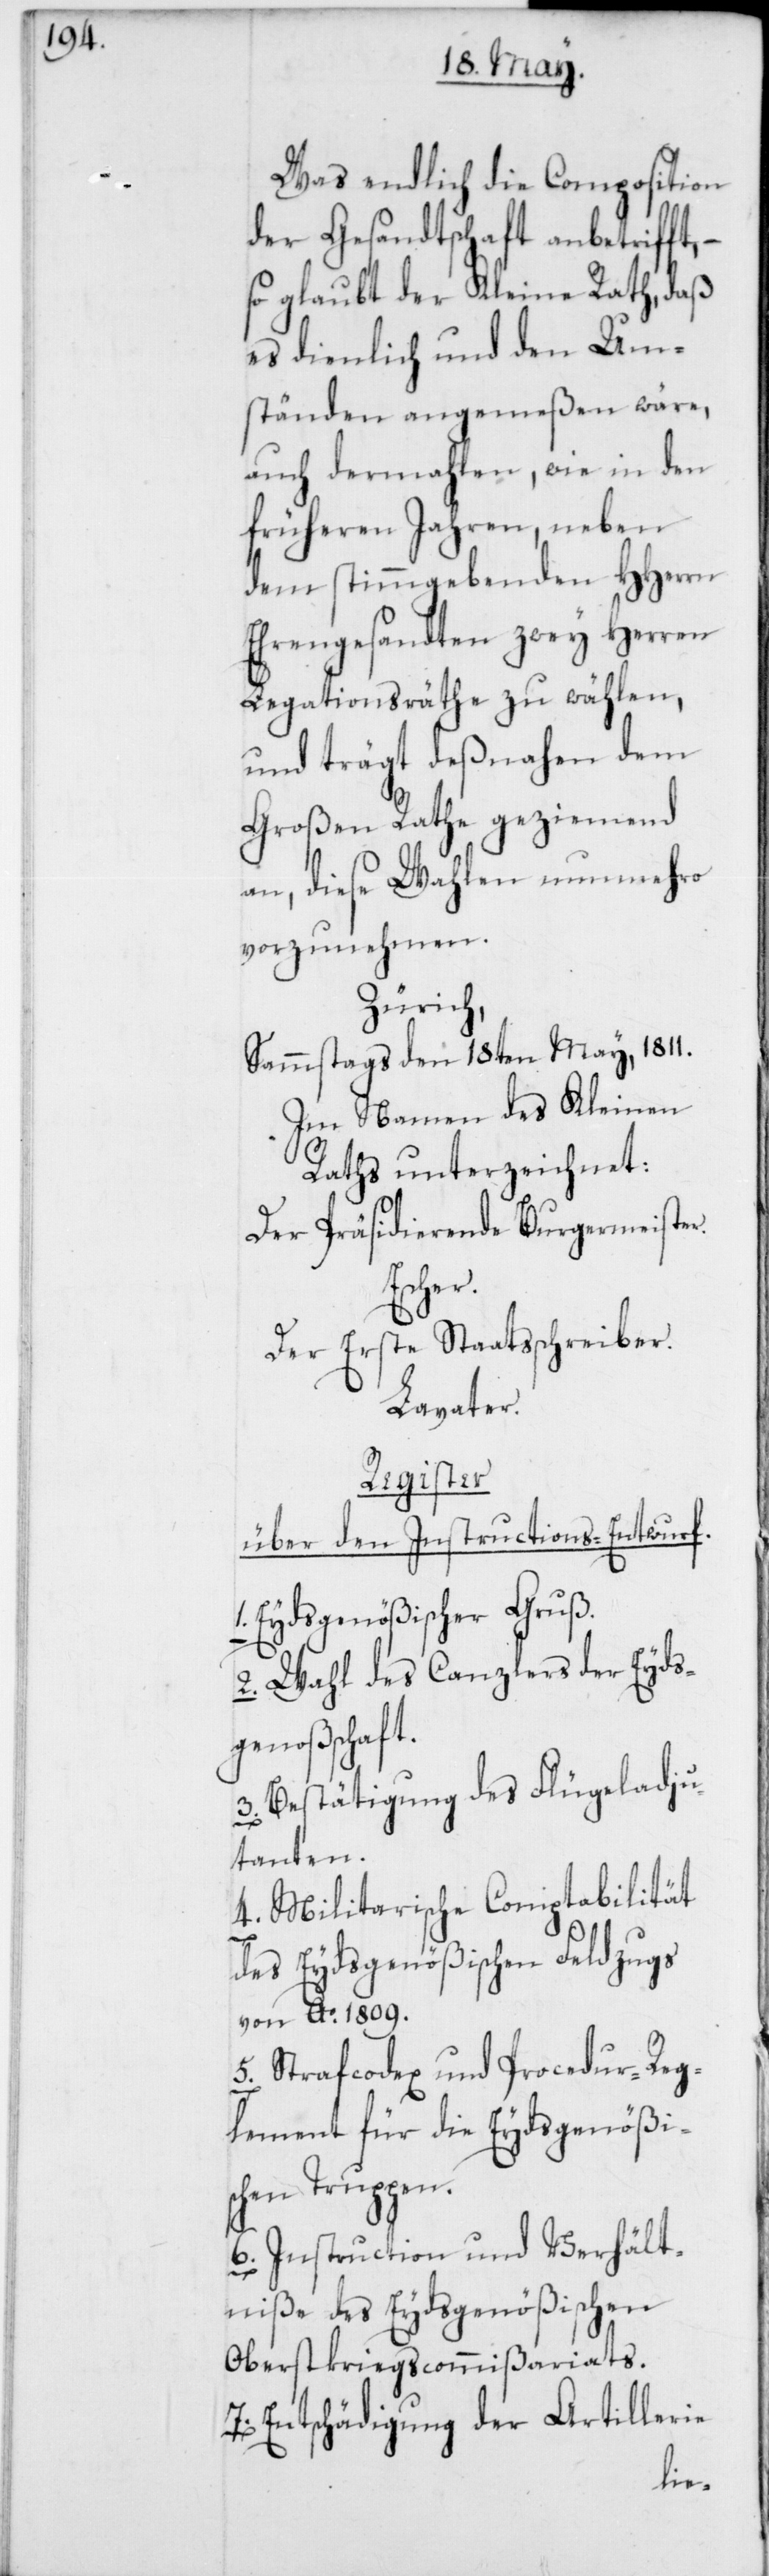
Was endlich die Composition
der Gesandtschaft anbetrifft,
so glaubt der Kleine Rath, daß
es dienlich und den Um¬
ständen angemeßen wäre,
auch dermahlen, wie in den
früheren Jahren, neben
dem stimmgebenden HHerren
Ehrengesandten zwey Herren
Legationsräthe zu wählen,
und trägt deßnahen dem
Großen Rathe geziemend
an, diese Wahlen nunmehro
vorzunehmen.
Zürich,
Sammstags den 18ten May, 1811.
Im Namen des Kleinen
Raths unterzeichnet:
Der Präsidierende Burgermeister.
Escher.
Der Erste Staatsschreiber.
Lavater.
Register
über den Instructions-Entwurf.
Eydsgenößischer Gruß.
2. Wahl des Canzlers der Eyds¬
genoßschaft.
Bestätigung des Flügeladju¬
tanten.
4. Militarische Comptabilität
des Eydsgenößischen Feldzugs
von Ao. 1809.
5. Strafcodex und Procedur-Reg¬
lement für die Eydsgenößis¬
chen Truppen.
6. Instruction und Verhält¬
niße des Eydsgenößischen
Oberstkriegscommißariats.
Entschädigung der Artillerie